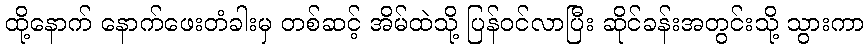
ထို့နောက် နောက်ဖေးတံခါးမှ တစ်ဆင့် အိမ်ထဲသို့ ပြန်ဝင်လာပြီး ဆိုင်ခန်းအတွင်းသို့ သွားကာ